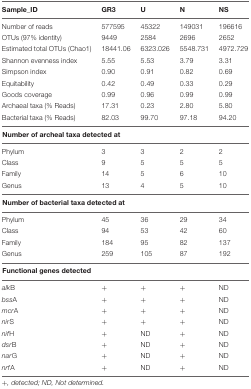
| Sample_ID | GR3 | U | N | NS |
 | --- | --- | --- | --- | --- |
 | Number of reads | 577595 | 45322 | 149031 | 196616 |
 | OTUs (97% identity) | 9449 | 2584 | 2696 | 2652 |
 | Estimated total OTUs (Chao1) | 18441.06 | 6323.026 | 5548.731 | 4972.729 |
 | Shannon evenness index | 5.55 | 5.53 | 3.79 | 3.31 |
 | Simpson index | 0.90 | 0.91 | 0.82 | 0.69 |
 | Equitability | 0.42 | 0.49 | 0.33 | 0.29 |
 | Goods coverage | 0.99 | 0.96 | 0.99 | 0.99 |
 | Archaeal taxa (% Reads) | 17.31 | 0.23 | 2.80 | 5.80 |
 | Bacterial taxa (% Reads) | 82.03 | 99.70 | 97.18 | 94.20 |
 | <COLSPAN=5> Number of archeal taxa detected at |
 | Phylum | 3 | 3 | 2 | 2 |
 | Class | 9 | 5 | 5 | 5 |
 | Family | 14 | 5 | 6 | 10 |
 | Genus | 13 | 4 | 5 | 10 |
 | <COLSPAN=5> Number of bacterial taxa detected at |
 | Phylum | 45 | 36 | 29 | 34 |
 | Class | 94 | 53 | 42 | 60 |
 | Family | 184 | 95 | 82 | 137 |
 | Genus | 259 | 105 | 87 | 192 |
 | <COLSPAN=5> Functional genes detected |
 | alkB | + | + | + | ND |
 | bssA | + | + | + | ND |
 | mcrA | + | + | + | ND |
 | nirS | + | + | + | ND |
 | nifH | + | ND | + | ND |
 | dsrB | + | ND | + | ND |
 | narG | + | ND | + | ND |
 | nrfA | + | ND | + | ND |